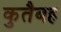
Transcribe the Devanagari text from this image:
कुतैबह